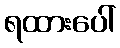
ရထားပေါ်